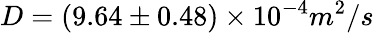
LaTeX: D=(9.64\pm 0.48)\times 10^{-4}m^{2}/s